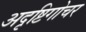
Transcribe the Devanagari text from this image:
अदृष्टिगोचर